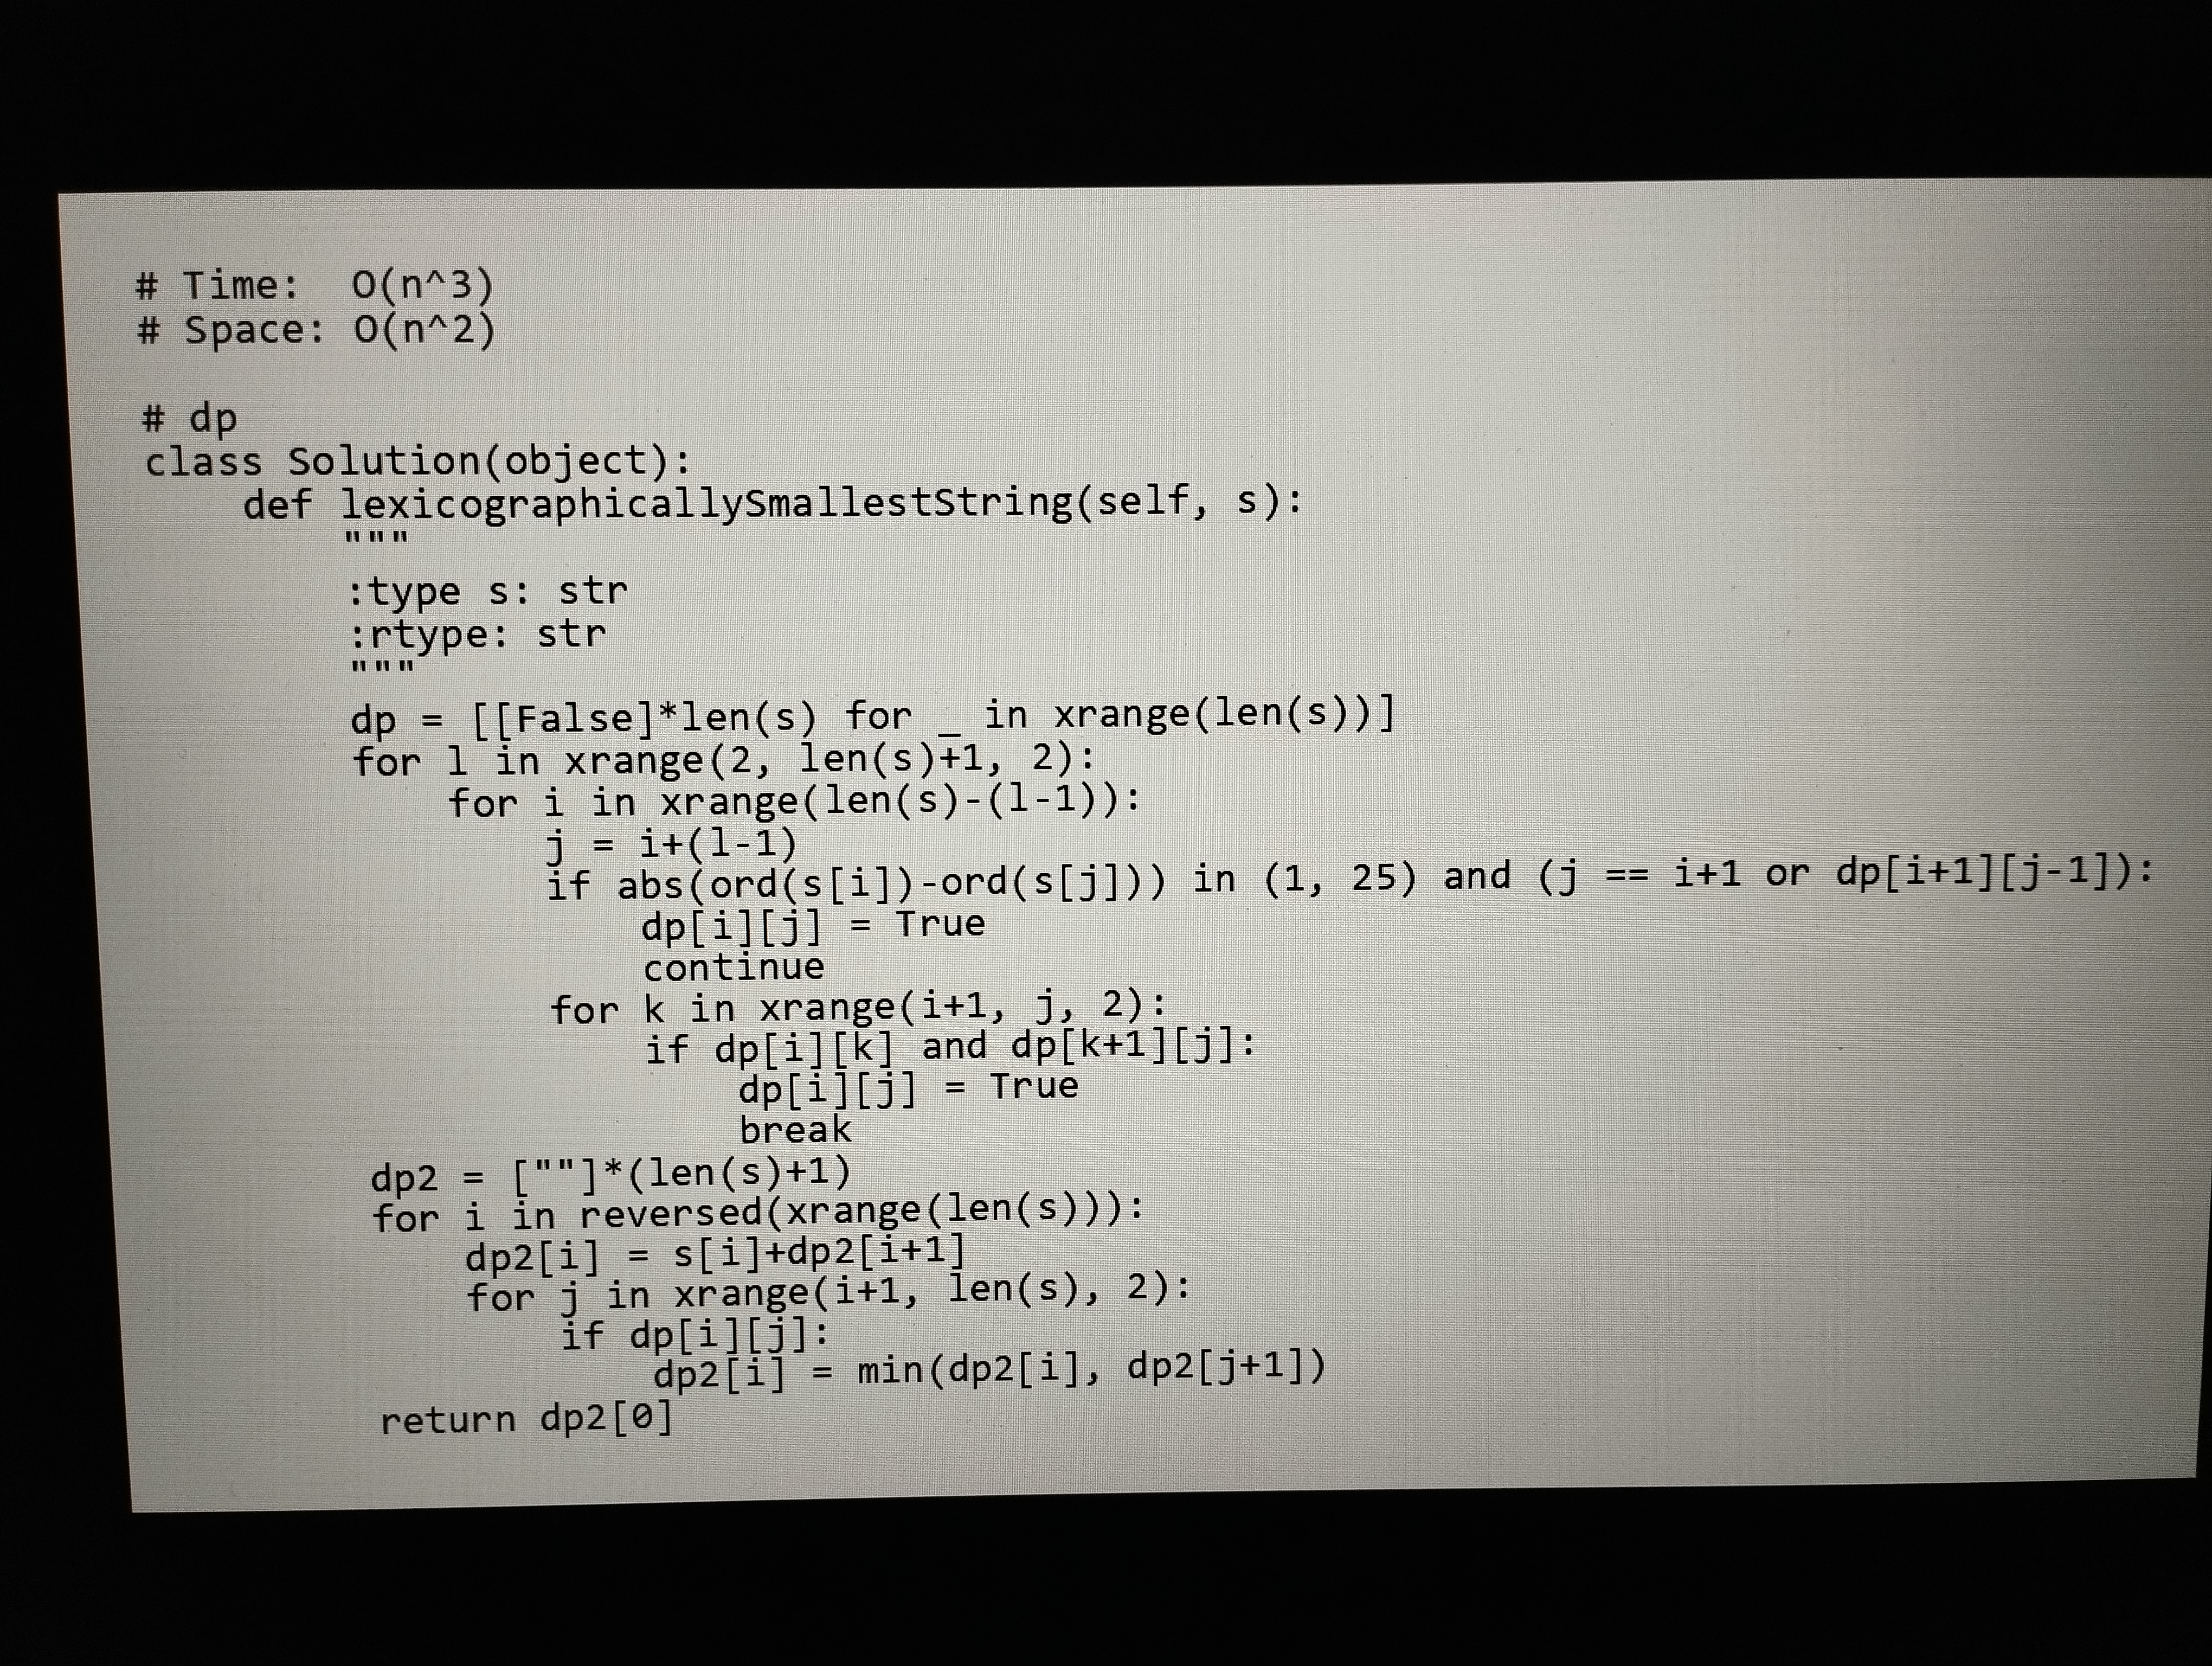
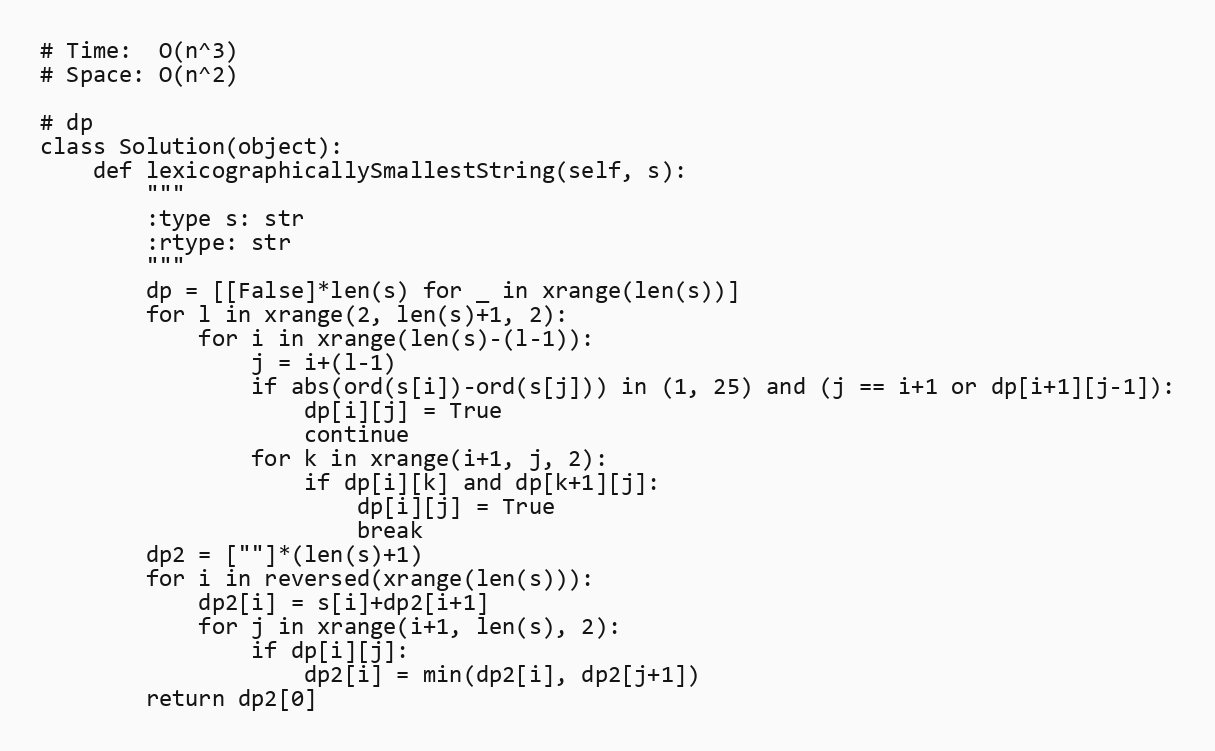
# Time:  O(n^3)
# Space: O(n^2)

# dp
class Solution(object):
    def lexicographicallySmallestString(self, s):
        """
        :type s: str
        :rtype: str
        """
        dp = [[False]*len(s) for _ in xrange(len(s))]
        for l in xrange(2, len(s)+1, 2):
            for i in xrange(len(s)-(l-1)):
                j = i+(l-1)
                if abs(ord(s[i])-ord(s[j])) in (1, 25) and (j == i+1 or dp[i+1][j-1]):
                    dp[i][j] = True
                    continue
                for k in xrange(i+1, j, 2):
                    if dp[i][k] and dp[k+1][j]:
                        dp[i][j] = True
                        break
        dp2 = [""]*(len(s)+1)
        for i in reversed(xrange(len(s))):
            dp2[i] = s[i]+dp2[i+1]
            for j in xrange(i+1, len(s), 2):
                if dp[i][j]:
                    dp2[i] = min(dp2[i], dp2[j+1])
        return dp2[0]